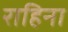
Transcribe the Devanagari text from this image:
राहिना